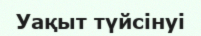
Уақыт түйсінуі